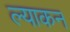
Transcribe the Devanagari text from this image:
ल्याकन